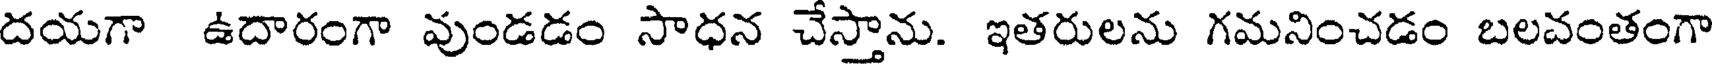
దయగా ఉదారంగా వుండడం సాధన చేస్తాను. ఇతరులను గమనించడం బలవంతంగా